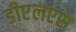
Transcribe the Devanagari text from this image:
डीएलएस